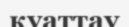
қуаттау